Report on sanitation, dispensaries, and jails in Rajputana for 1921, and on vaccination for the year 1921-1922 - 1921-1922
Year: 1921
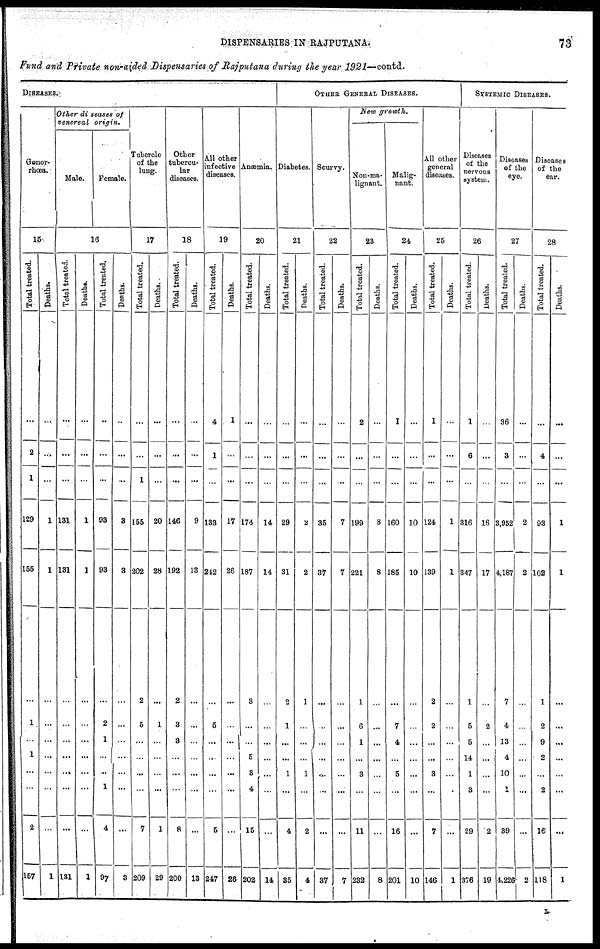
DISPENSARIES IN RAJPUTANA
73
Fund and Private non-aided Dispensaries of Rajputana during the year 1921—contd.
DlSEASES.
Gonor-
rhœa.
15
Total treated.
...
2
1
129
155
1
...
1
...
...
2
157
Deaths.
...
...
...
1
1
...
...
...
...
...
...
1
Other diseases of
venereal
origin.
Male.
Female.
16
Total treated.
...
...
...
131
131
...
...
...
...
...
...
131
Deaths.
...
...
...
1
1
...
...
...
...
...
...
1
Total treated.
...
...
...
93
93
2
1
...
...
1
4
97
Deaths.
...
...
...
3
3
...
...
...
...
...
...
3
Tubercle
of the
lung.
17
Total treated.
...
...
1
155
202
5
...
...
...
...
7
209
Deaths.
...
...
...
20
28
1
...
...
...
...
1
29
Other
tubercu¬
lar
diseases.
18
Total treated.
...
...
...
146
192
3
3
...
...
...
8
200
Deaths.
...
...
...
9
13
...
...
...
...
...
...
13
All other
infective
diseases.
19
Total treated.
4
1
...
133
242
5
...
...
...
...
5
247
Deaths.
1
...
...
17
26
...
...
...
...
...
...
26
Anæmia.
20
Total treated.
...
...
...
174
187
...
...
5
3
4
15
202
Deaths.
...
...
...
14
14
...
...
...
...
...
...
14
OTHER GENERAL DISESSES.
Diabetes.
21
Total treated.
...
...
...
29
31
1
...
...
1
...
4
35
Deaths.
...
...
...
2
2
...
...
...
1
...
2
4
Scurvy.
22
Total treated.
...
...
...
35
37
...
...
...
...
...
...
37
Deaths.
...
...
...
7
7
...
...
...
...
...
...
7
New growth.
Non-ma-
lignant.
23
Total treated.
2
...
...
199
221
6
1
...
3
...
11
232
Deaths.
...
...
...
8
8
...
...
...
...
...
...
8
Malig-
nant.
24
Total treated.
1
...
...
160
185
7
4
...
5
...
16
201
Deaths.
...
...
...
10
10
...
...
...
...
...
...
10
All other
general
diseases.
25
Total treated.
1
...
...
124
139
2
...
...
3
...
7
146
Deaths.
...
...
...
1
1
...
...
...
...
...
...
1
SYSTEMIC DISEASES.
Diseases
of the
nervous
system.
26
Total treated.
1
6
...
316
347
5
5
14
1
3
29
376
Deaths.
...
...
...
16
17
2
...
...
...
...
2
19
Diseases
of the
eye.
27
Total treated.
36
3
...
3,952
4,187
4
13
4
10
1
39
4,226
Deaths.
...
...
...
2
2
...
...
...
...
...
...
2
Diseases
of the
ear.
28
Total
treated.
...
4
...
93
102
2
9
2
...
2
16
118
Deaths.
...
...
...
1
1
...
...
...
...
...
...
1
L